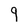
Character: 9